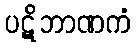
ပဋိဘာဏကံ